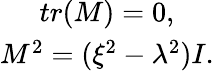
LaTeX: \begin{array}{c}{{tr(M)=0,}}\\ {{M^{2}=(\xi^{2}-\lambda^{2})I.}}\end{array}